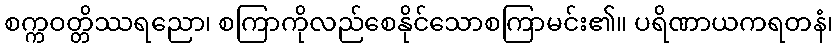
စက္ကဝတ္တိဿရညော၊ စကြာကိုလည်စေနိုင်သောစကြာမင်း၏။ ပရိဏာယကရတနံ၊